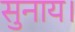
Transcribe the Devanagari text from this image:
सुनाय।